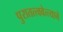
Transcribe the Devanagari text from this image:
पुरातत्त्ववेत्त्याने